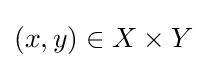
(x,y)\in X\times Y